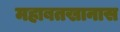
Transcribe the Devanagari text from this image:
महाबतखानास